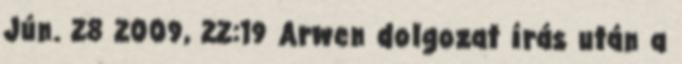
Jún. 28 2009, 22:19 Arwen dolgozat írás után a